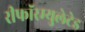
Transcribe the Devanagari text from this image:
रीफॉरम्युलेटेड